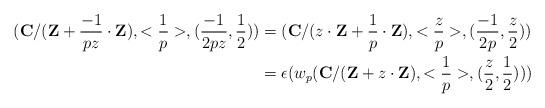
LaTeX: \begin{align*}(\mathbf{C}/(\mathbf{Z}+ \frac{-1}{pz}\cdot \mathbf{Z}), <\frac{1}{p}>, (\frac{-1}{2pz}, \frac{1}{2})) &= (\mathbf{C}/(z\cdot \mathbf{Z}+ \frac{1}{p}\cdot \mathbf{Z}), <\frac{z}{p}>, (\frac{-1}{2p}, \frac{z}{2})) \\&=\epsilon(w_p(\mathbf{C}/(\mathbf{Z}+z\cdot \mathbf{Z}), <\frac{1}{p}>, (\frac{z}{2}, \frac{1}{2}))) \end{align*}